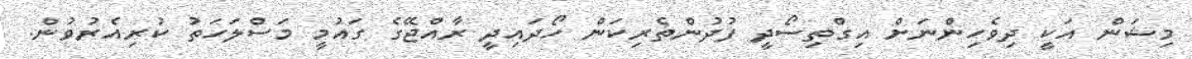
މިޝަން އަކީ ދިވެހިންނަށް އިގްތިސޯދީ ފުދުންތެރިކަން ހޯދައިދީ ރާއްޖޭގެ ގައުމީ މަސްލަހަތު ކުރިއެރުވުން.